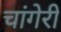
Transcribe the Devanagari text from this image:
चांगेरी